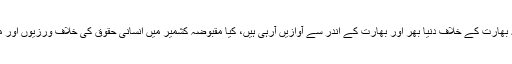
وزیرخارجہ کا کہنا تھا کہ بھارت کے خلاف دنیا بھر اور بھارت کے اندر سے آوازیں آرہی ہیں، کیا مقبوضہ کشمیر میں انسانی حقوق کی خلاف ورزیوں اور مظالم کا ردعمل نہیں ہوگا؟